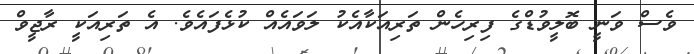
ވެސް ވަނީ ބޮލީވުޑްގެ ފިރިހެން ތަރިއަކާއެކު ލަވައެއް ކުޅެފައެވެ. އެ ތަރިއަކީ ރާޖީވް